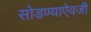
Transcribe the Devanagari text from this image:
सोडण्याऐवजी